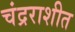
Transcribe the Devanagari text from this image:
चंद्रराशीत